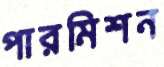
পারমিশন